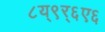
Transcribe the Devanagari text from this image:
८य्९र्६ए६